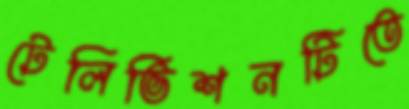
টেলিভিশনটিতে